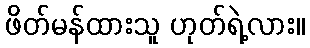
ဖိတ်မန်ထားသူ ဟုတ်ရဲ့လား။